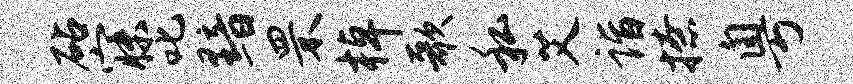
砧寐叱黯罘棹歌私艾诣撩粤